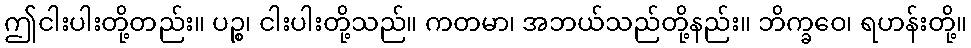
ဤငါးပါးတို့တည်း။ ပဉ္စ၊ ငါးပါးတို့သည်။ ကတမာ၊ အဘယ်သည်တို့နည်း။ ဘိက္ခဝေ၊ ရဟန်းတို့။